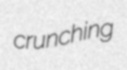
crunching